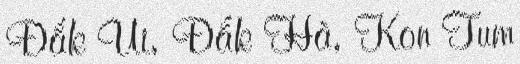
Đắk Ui, Đắk Hà, Kon Tum